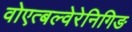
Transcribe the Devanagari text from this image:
वोएत्बल्वेरेनिगिङ